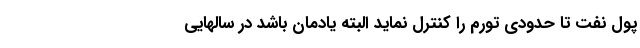
پول نفت تا حدودی تورم را کنترل نماید البته یادمان باشد در سالهایی